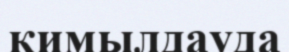
қимылдауда